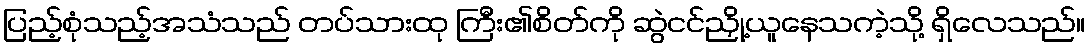
ပြည့်စုံသည့်အသံသည် တပ်သားထု ကြီး၏စိတ်ကို ဆွဲငင်ညှို့ယူနေသကဲ့သို့ ရှိလေသည်။